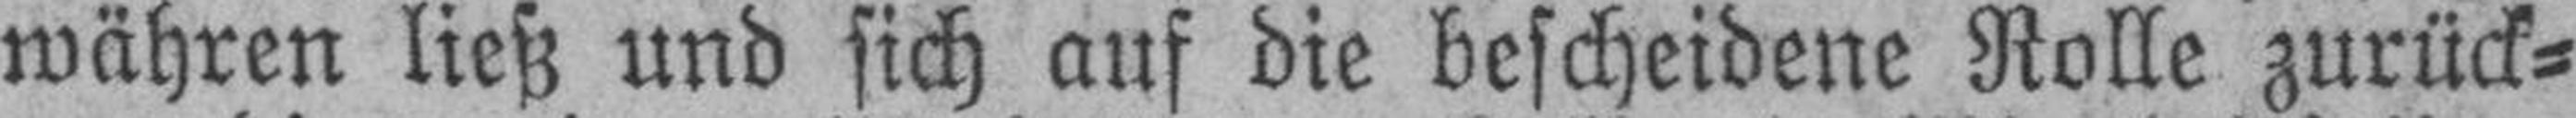
währen ließ und sich auf die bescheidene Rolle zurück¬